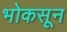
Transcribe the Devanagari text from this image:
भोकसून